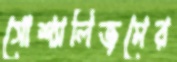
সোশ্যালিজমের